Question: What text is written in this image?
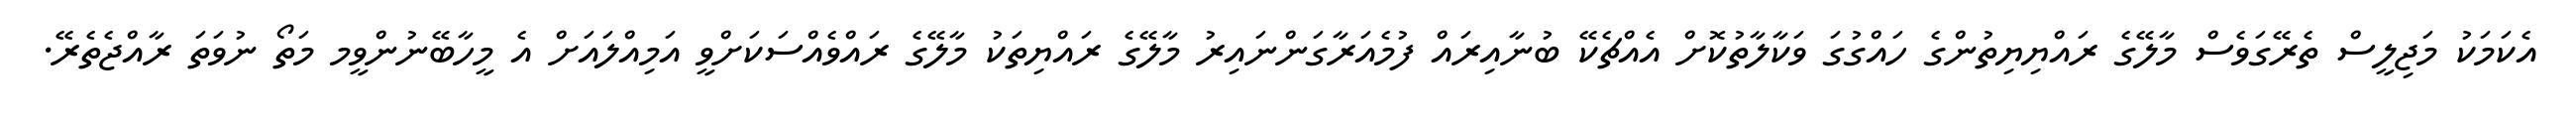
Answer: އެކަމަކު މަޖިލީސް ތެރޭގަވެސް މާލޭގެ ރައްޔިޔިތުންގެ ހައްގުގަ ވަކާލާތުކޮށް އެއްޗެކޭ ބުނާއިރައް ފުމެއަރާގަންނައިރު މާލޭގެ ރައްޔިތަކު މާލޭގެ ރައްވެއްސަކަށްވީ އަމިއްލައަށް އެ މީހާބޭނުންވީމ މަތޯ ނުވަތަ ރާއްޖެތެރޭ.